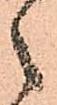
之